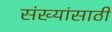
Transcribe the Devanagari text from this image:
संख्यांसाठी